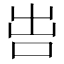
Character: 𠰕